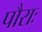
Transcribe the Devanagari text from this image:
पौराः